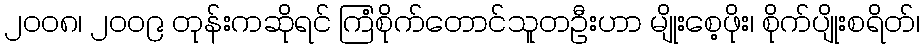
၂ဝဝ၈၊ ၂ဝဝ၉ တုန်းကဆိုရင် ကြံစိုက်တောင်သူတဦးဟာ မျိုးစေ့ဖိုး၊ စိုက်ပျိုးစရိတ်၊